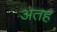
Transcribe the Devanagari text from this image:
अतह